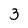
Character: 3